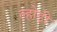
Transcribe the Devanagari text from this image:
ल्होड़ी